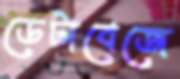
ডেটাবেজে